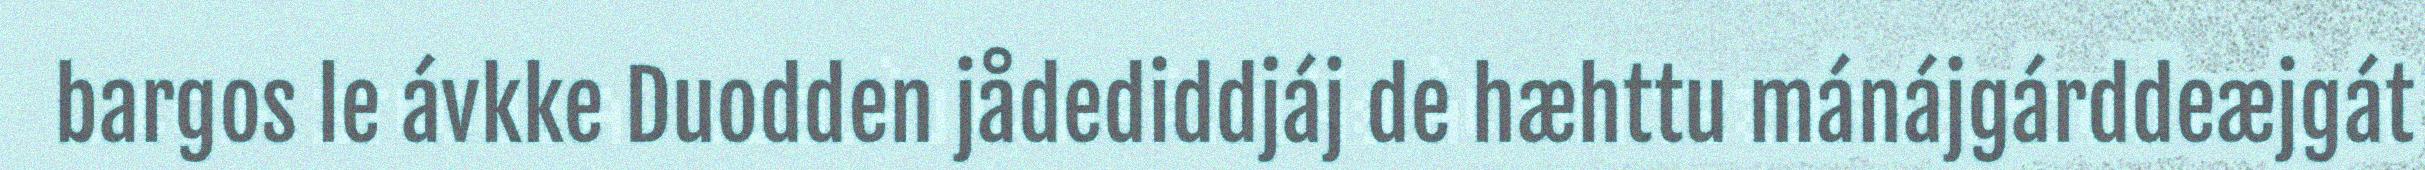
bargos le ávkke Duodden jådediddjáj de hæhttu mánájgárddeæjgát